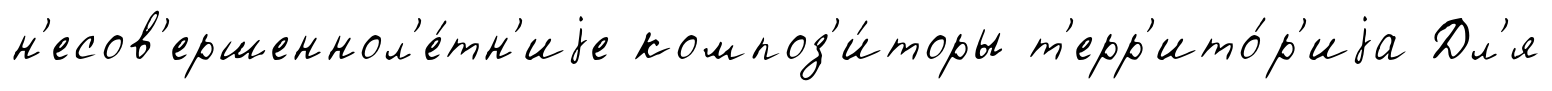
н'есов'ершеннол'е́тн'иjе композ'и́торы т'ерр'ито́р'иjа Дл'я